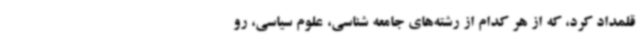
قلمداد کرد، که از هر کدام از رشته‌های جامعه شناسی، علوم سیاسی، رو